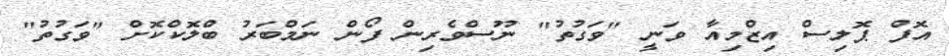
އޮފް ޕޮލިސް އިޒްމިއާ ވަނީ "ވަގުތު" ނޫސްވެރިން ފޯން ނަމްބަރު ބްލޮކްކޮށް "ވަގުތު"